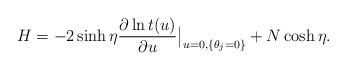
LaTeX: \begin{align*} H=-2 \sinh \eta \frac{\partial \ln t(u)}{\partial u}\big|_{u=0, \{ \theta_j=0 \}} + N \cosh \eta.\end{align*}